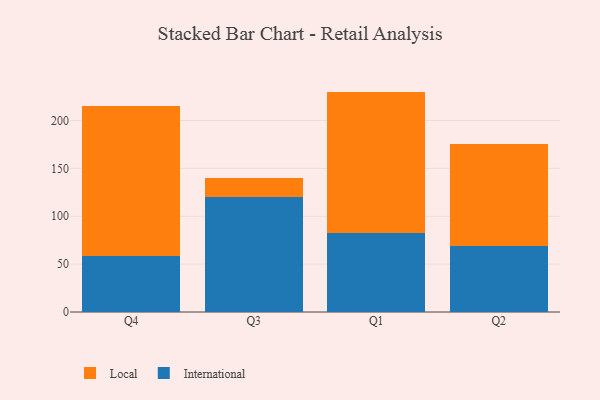
{"axis": {"x": "Quarter", "y": "Satisfaction Score"}, "legend": ["International", "Local"], "data": [{"x": "Q4", "y": 58.0, "type": "International"}, {"x": "Q4", "y": 156.8, "type": "Local"}, {"x": "Q3", "y": 119.6, "type": "International"}, {"x": "Q3", "y": 20.0, "type": "Local"}, {"x": "Q1", "y": 82.9, "type": "International"}, {"x": "Q1", "y": 147.3, "type": "Local"}, {"x": "Q2", "y": 69.4, "type": "International"}, {"x": "Q2", "y": 105.9, "type": "Local"}]}